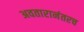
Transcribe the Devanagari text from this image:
अवतारानंतरच